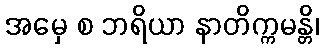
အမှေ စ ဘရိယာ နာတိက္ကမန္တိ၊